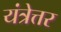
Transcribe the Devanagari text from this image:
यंत्रेत्तर